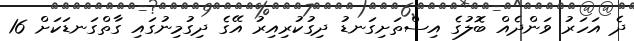
ދެ އަހަރު ވަންދެއް ބޮލުގެ އިސްތަށިގަނޑު ދިގުކުރިއިރު އޭގެ ދިގުމިނުގައި ގާތްގަނޑަކަށް 16